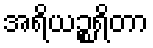
အရိယဉ္စရိတာ